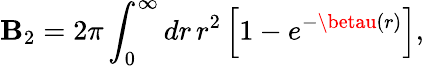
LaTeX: \mathbf{B}_{2}=2\pi\int_{0}^{\infty}dr\, r^{2}\left[1-e^{-\betau(r)}\right],